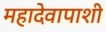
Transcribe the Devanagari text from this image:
महादेवापाशी